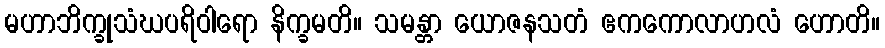
မဟာဘိက္ခုသံဃပရိဝါရော နိက္ခမတိ။ သမန္တာ ယောဇနသတံ ဧကကောလာဟလံ ဟောတိ။